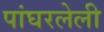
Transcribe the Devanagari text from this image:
पांघरलेली